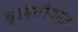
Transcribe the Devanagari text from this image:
व्दितीयस्तर